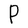
Character: P